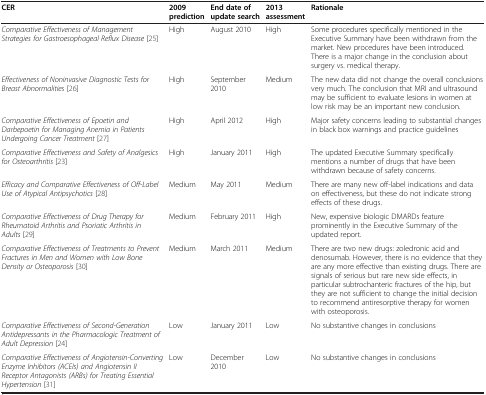
| CER | 2009 prediction | End date of update search | 2013 assessment | Rationale |
 | --- | --- | --- | --- | --- |
 | Comparative Effectiveness of Management Strategies for Gastroesophageal Reflux Disease[25] | High | August 2010 | High | Some procedures specifically mentioned in the Executive Summary have been withdrawn from the market. New procedures have been introduced. There is a major change in the conclusion about surgery vs. medical therapy. |
 | Effectiveness of Noninvasive Diagnostic Tests for Breast Abnormalities[26] | High | September 2010 | Medium | The new data did not change the overall conclusions very much. The conclusion that MRI and ultrasound may be sufficient to evaluate lesions in women at low risk may be an important new conclusion. |
 | Comparative Effectiveness of Epoetin and Darbepoetin for Managing Anemia in Patients Undergoing Cancer Treatment[27] | High | April 2012 | High | Major safety concerns leading to substantial changes in black box warnings and practice guidelines |
 | Comparative Effectiveness and Safety of Analgesics for Osteoarthritis[23] | High | January 2011 | High | The updated Executive Summary specifically mentions a number of drugs that have been withdrawn because of safety concerns. |
 | Efficacy and Comparative Effectiveness of Off-Label Use of Atypical Antipsychotics[28] | Medium | May 2011 | Medium | There are many new off-label indications and data on effectiveness, but these do not indicate strong effects of these drugs. |
 | Comparative Effectiveness of Drug Therapy for Rheumatoid Arthritis and Psoriatic Arthritis in Adults[29] | Medium | February 2011 | High | New, expensive biologic DMARDs feature prominently in the Executive Summary of the updated report. |
 | Comparative Effectiveness of Treatments to Prevent Fractures in Men and Women with Low Bone Density or Osteoporosis[30] | Medium | March 2011 | Medium | There are two new drugs: zoledronic acid and denosumab. However, there is no evidence that they are any more effective than existing drugs. There are signals of serious but rare new side effects, in particular subtrochanteric fractures of the hip, but they are not sufficient to change the initial decision to recommend antiresorptive therapy for women with osteoporosis. |
 | Comparative Effectiveness of Second-Generation Antidepressants in the Pharmacologic Treatment of Adult Depression[24] | Low | January 2011 | Low | No substantive changes in conclusions |
 | Comparative Effectiveness of Angiotensin-Converting Enzyme Inhibitors (ACEIs) and Angiotensin II Receptor Antagonists (ARBs) for Treating Essential Hypertension[31] | Low | December 2010 | Low | No substantive changes in conclusions |